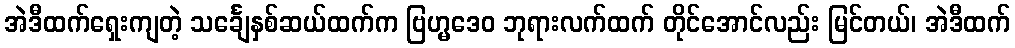
အဲဒီထက်ရှေးကျတဲ့ သင်္ချေနှစ်ဆယ်ထက်က ဗြဟ္မဒေဝ ဘုရားလက်ထက် တိုင်အောင်လည်း မြင်တယ်၊ အဲဒီထက်